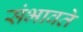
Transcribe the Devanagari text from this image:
संभावते